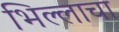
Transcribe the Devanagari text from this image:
भिल्लाचा